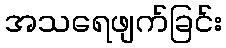
အသရေဖျက်ခြင်း